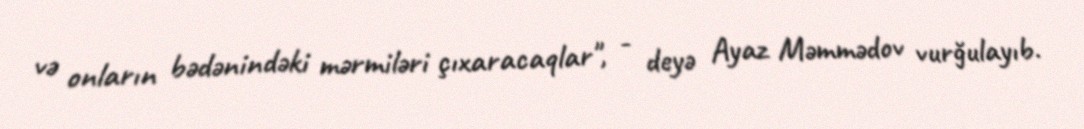
və onların bədənindəki mərmiləri çıxaracaqlar", - deyə Ayaz Məmmədov vurğulayıb.